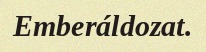
Emberáldozat.